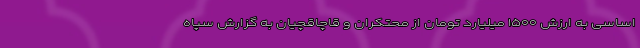
اساسی به ارزش ۱۵۰۰ میلیارد تومان از محتکران و قاچاقچیان به گزارش سپاه